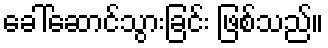
ခေါ်ဆောင်သွားခြင်း ဖြစ်သည်။